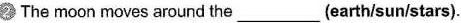
2 The moon moves around the ___ (earth/sun/stars).